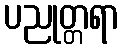
ပညုတ္တရာ